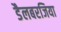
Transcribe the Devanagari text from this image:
डैलबरजिया